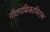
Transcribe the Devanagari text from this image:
गीतपथिकाभिराम